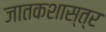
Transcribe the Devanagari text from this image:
जातकशास्त्र